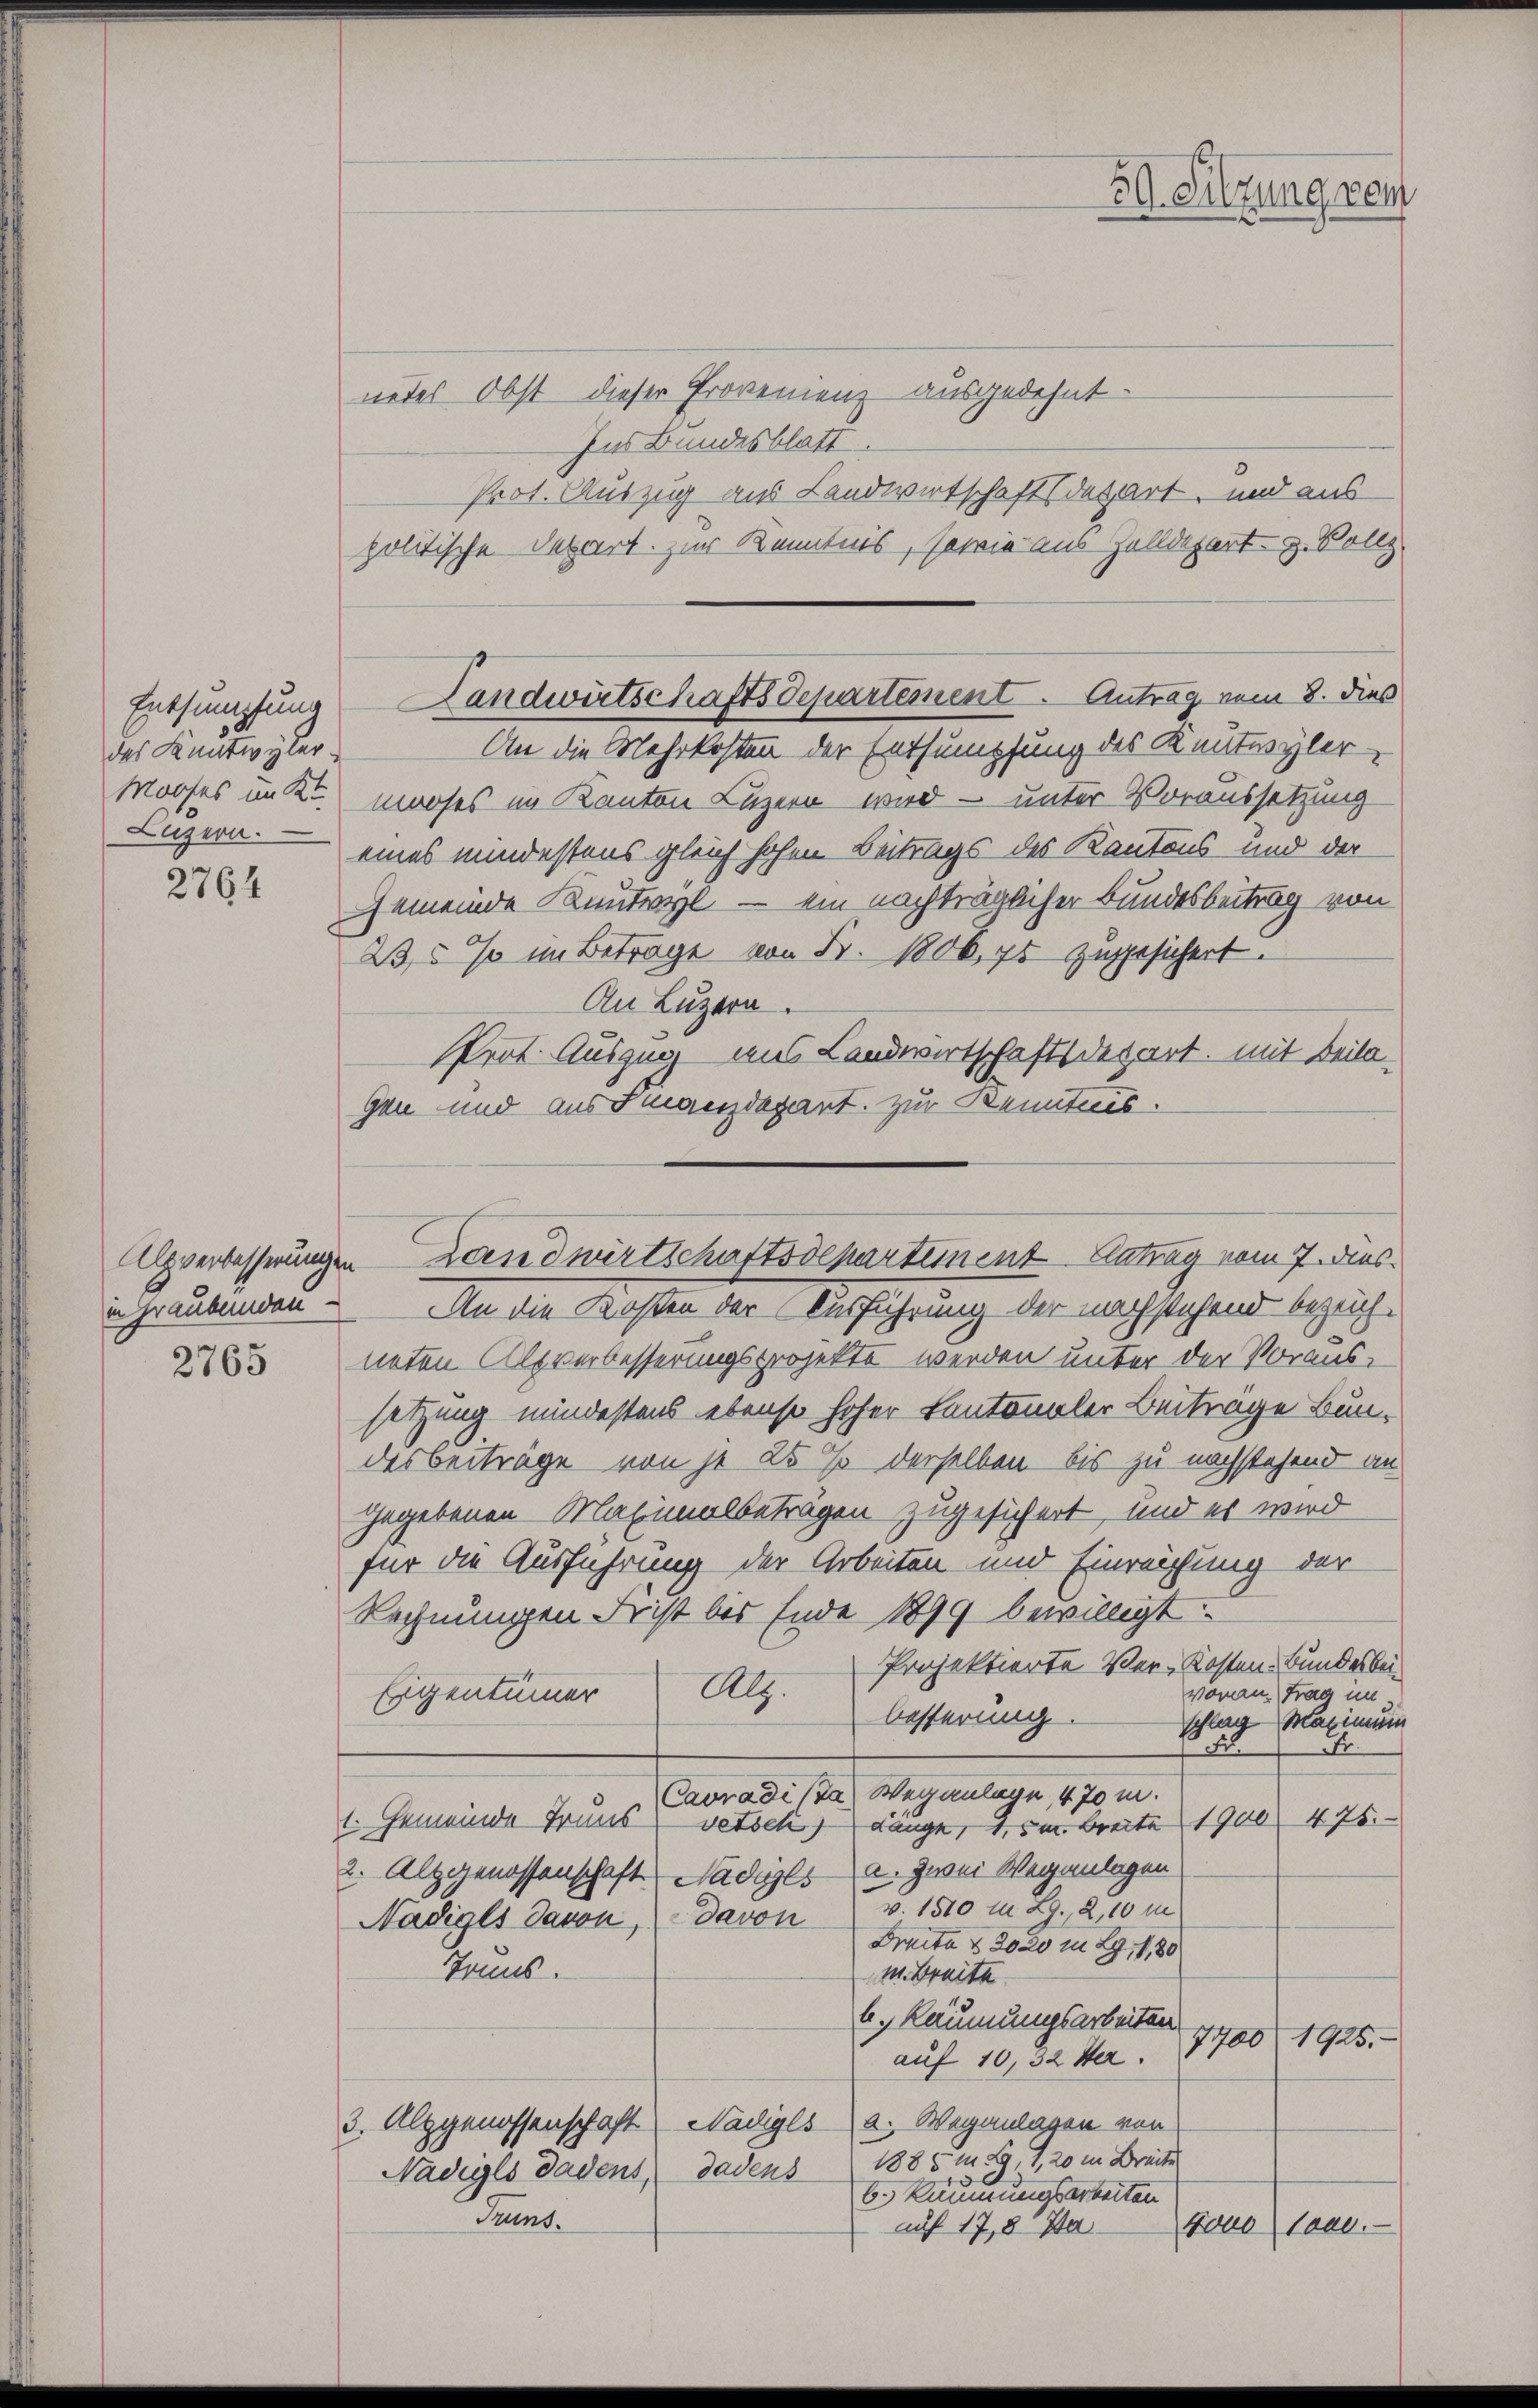
Entsumpfung
das Kuntwyler
Mooses im Kt.
Luzern.

2764

2765

netes Obst dieser Provenienz ausgedehnt
Ins Bundesblatt.
Prot. Auszug aus Landwirtschaft (dezart, und aus
politische Depart. Zur Kenntnis, sowie aus Zolldepart z. Vollz
An die Mehrkosten der Entsumpfung des Keutwyler
maches im Kanton Luzern wird – unter Voraussetzung
eines mindestens gleich hohen Beitrags des Kantons und der
Gemeinde Kuntwyl — ein nachträglicher Bundesbeitrag von
235 % im Betrage von Fr. 1806, 70 zugesichert.
An Luzern.
Prot. Auszug aus Landwirtschaftsdepart, mit Beila¬
Gen und aus Jugendepart. Zur Kenntnis.
in Graubünden - An die Kosten der Ausführung der nachstehend bezeichneten Alpverbesserungsprojekte werden unter der Voraus-
setzung mindestens ebenso hoher Kantonaler Beiträge Bun-
desbeiträge von je 25 % derselben bis zu nachstehend an
gegebenen Maximalbetragen zugesichert, und es wird
für die Ausführung der Arbeiten und Einreichung der
Rechnungen Frist bis Ende 1899 bewilligt
Projektierte Ver-Kosten-Bundesbeivoran trag im
Eigentümer Alt
besserung.
Schlag Maximum
Aerarister. Viganlage 1870 u.
1. Gemeinde Truns, vetsch) Länge, 1,5 m breite 1900 475.
2. Altgenossenschaft Ladisls- u. zwei Weganlagen
Nadiges davon, davon v. 1510 in Lg., 2, 10 in
Draite § 2020 m 29. 1,80
Tonns.
m. Breite
b. Räumungsarbeiten
7700 1925.
auf 10,32 Ver
3. Alpgenossenschaft Nadiges a. Weganlagen von
1885 n 89, 120 in Breite
Nadiges dadens, dadens
6.) Räumungsarbeiten
Sunt.
tone land.
auf 17,8 Ja

Landwirtschaftsdepartement. Antrag vom 8. dies

59. Sitzung vom

Alpverbesserungen Landwirtschaftsdeparteinent Antrag vom 7. dies